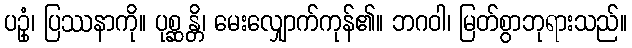
ပဥှံ၊ ပြဿနာကို။ ပုစ္ဆန္တိ၊ မေးလျှောက်ကုန်၏။ ဘဂဝါ၊ မြတ်စွာဘုရားသည်။